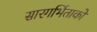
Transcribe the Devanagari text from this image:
सारगर्भिताको